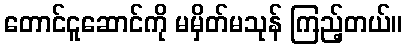
တောင်ငူဆောင်ကို မမှိတ်မသုန် ကြည့်တယ်။